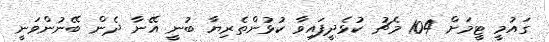
ގައުމީ ޓީމަށް 104 މެޗު ކުޅެދީފައިވާ ކުޅުންތެރިޔާ ބުނީ އޭނާ ދެން ބޭނުންވަނީ